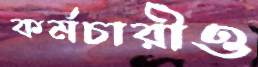
কর্মচারীও